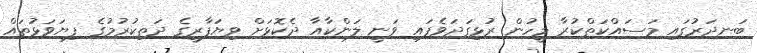
ބަނދަރުގައި މަސައްކަތްކުރާ މީހުން ރުޅިގަދަވެފައި ވަނީ ލަންކާއާ ދެކޮޅަށް ވިޔަފާރީގެ ދަތިކުރުމުގެ ފިޔަވަޅުތައް